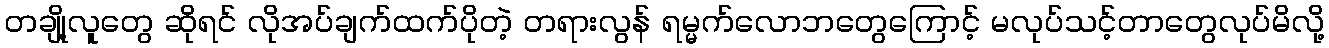
တချို့လူတွေ ဆိုရင် လိုအပ်ချက်ထက်ပိုတဲ့ တရားလွန် ရမ္မက်လောဘတွေကြောင့် မလုပ်သင့်တာတွေလုပ်မိလို့